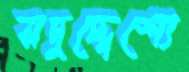
সদুদ্দেশ্যে